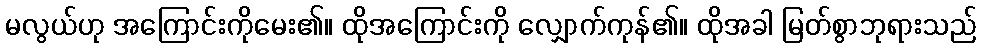
မလွယ်ဟု အကြောင်းကိုမေး၏။ ထိုအကြောင်းကို လျှောက်ကုန်၏။ ထိုအခါ မြတ်စွာဘုရားသည်